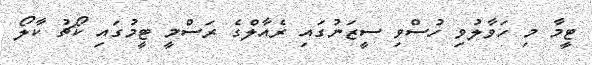
ޓީމާ މި ހަވާލުވި ހުސްވި ސީޒަނުގައި ރެއާލްގެ ރަސްމީ ޓީމުގައި ކޯޗު ކާލޯ